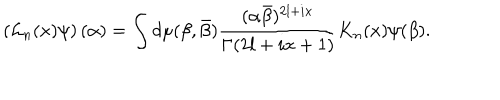
\left( { \cal L } _ { n } ( x ) \psi \right) ( \alpha ) = \int d \mu ( \beta , \bar { \beta } ) \frac { ( \alpha \bar { \beta } ) ^ { 2 l + i x } } { \Gamma ( 2 l + i x + 1 ) } K _ { n } ( x ) \psi ( \beta ) .